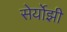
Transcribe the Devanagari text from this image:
सेर्योझी